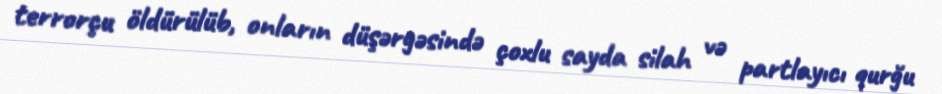
terrorçu öldürülüb, onların düşərgəsində çoxlu sayda silah və partlayıcı qurğu